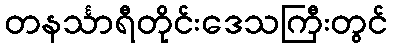
တနင်္သာရီတိုင်းဒေသကြီးတွင်